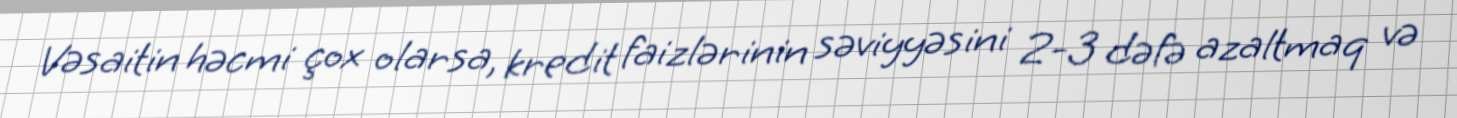
Vəsaitin həcmi çox olarsa, kredit faizlərinin səviyyəsini 2-3 dəfə azaltmaq və